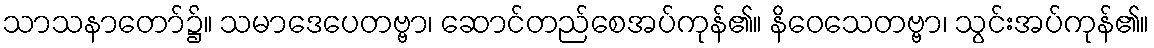
သာသနာတော်၌။ သမာဒေပေတဗ္ဗာ၊ ဆောင်တည်စေအပ်ကုန်၏။ နိဝေသေတဗ္ဗာ၊ သွင်းအပ်ကုန်၏။